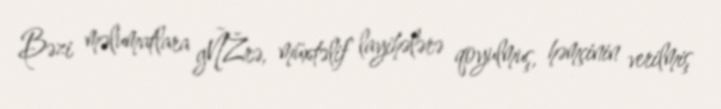
Bəzi məlumatlara gÑŽrə, müxtəlif layihələrə qoyulmuş, həmçinin verilmiş